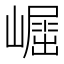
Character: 𡽈